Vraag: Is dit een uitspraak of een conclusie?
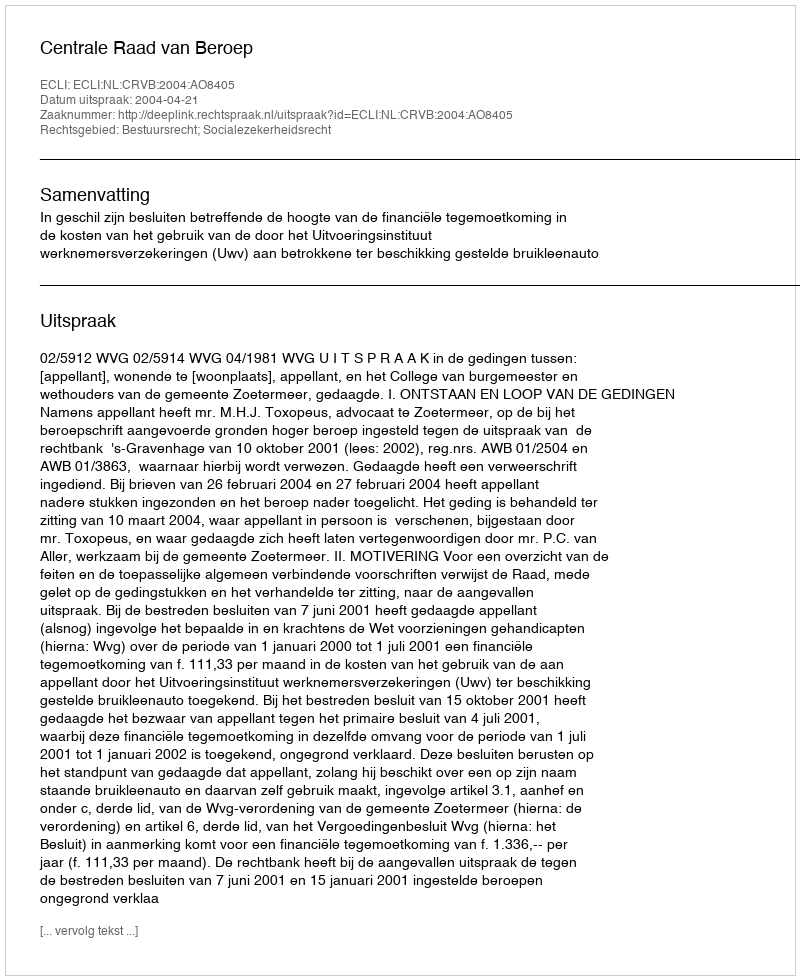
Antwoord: Uitspraak